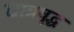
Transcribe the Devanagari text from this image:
छात्रवृद्ध